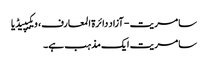
سامریت - آزاد دائرۃ المعارف، ویکیپیڈیا
سامریت ایک مذہب ہے۔